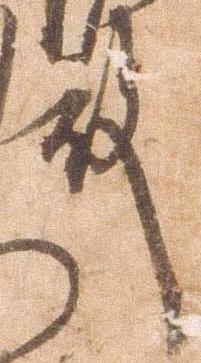
殿